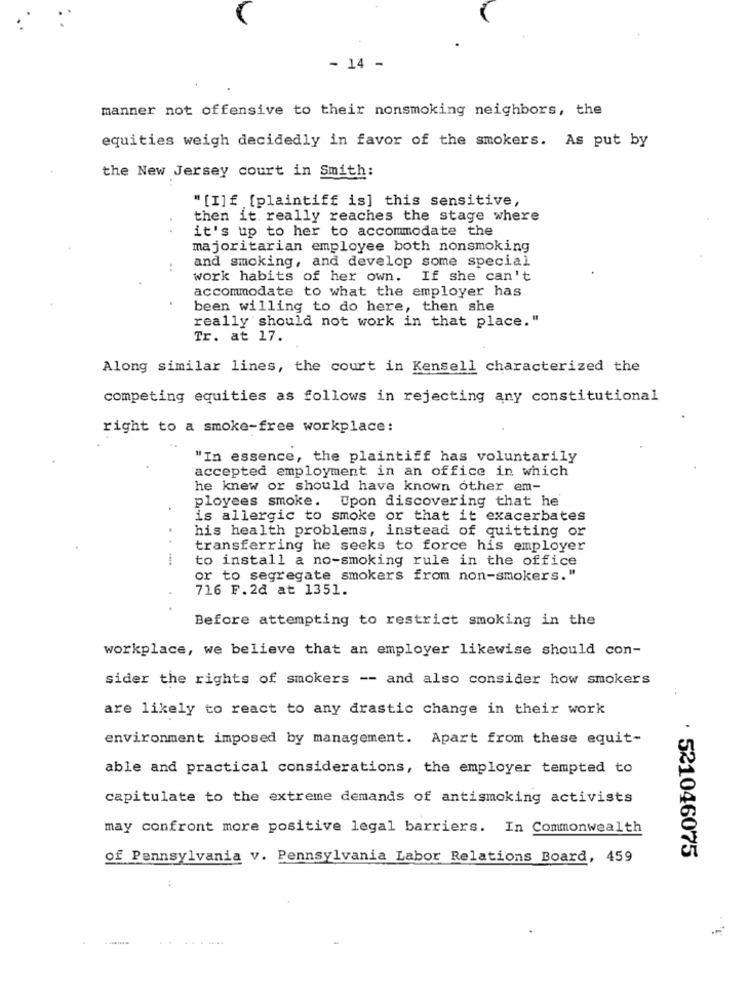
- 14 -
manner not offensive to their nonsmoking neighbors, the
equities weigh decidedly in favor of the smokers. As put by
the New Jersey court in Smith:
" [I]f [plaintiff is] this sensitive,
then it really reaches the stage where
it's up to her to accommodate the
majoritarian employee both nonsmoking
and smoking, and develop some special
:
work habits of her own. If she can't
accommodate to what the employer has
been willing to do here, then she
really should not work in that place."
Tr. at 17.
Along similar lines, the court in Kensell characterized the
competing equities as follows in rejecting any constitutional
right to a smoke-free workplace:
"In essence, the plaintiff has voluntarily
accepted employment in an office in which
he knew or should have known other em-
ployees smoke. Upon discovering that he
is allergic to smoke or that it exacerbates
his health problems, instead of quitting or
..
transferring he seeks to force his employer
to install a no-smoking rule in the office
or to segregate smokers from non-smokers."
716 F.2d at 1351.
Before attempting to restrict smoking in the
workplace, we believe that an employer likewise should con-
sider the rights of smokers -- and also consider how smokers
are likely to react to any drastic change in their work
environment imposed by management. Apart from these equit-
able and practical considerations, the employer tempted to
capitulate to the extreme demands of antismoking activists
may confront more positive legal barriers. In Commonwealth
of Pennsylvania v. Pennsylvania Labor Relations Board, 459
. 521046075
......